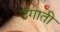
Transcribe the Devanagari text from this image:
उगाती